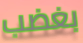
بغضب